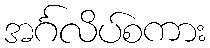
အင်္ဂလိပ်စကား